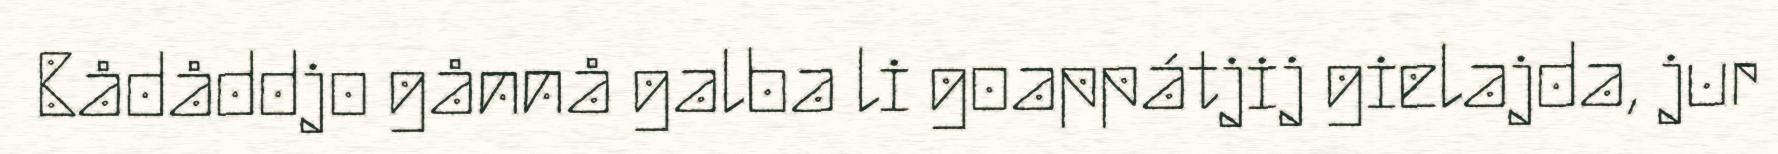
Bådåddjo gånnå galba li goappátjij gielajda, jur